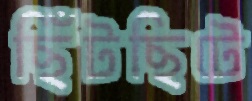
ছিঁটছিটে